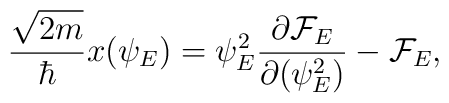
{\sqrt{2m}\over \hbar} x(\psi_E)={\psi^2_E}{\partial{\cal F}_E\over \partial (\psi^2_E)}-{\cal F}_E,